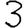
Digit: 3